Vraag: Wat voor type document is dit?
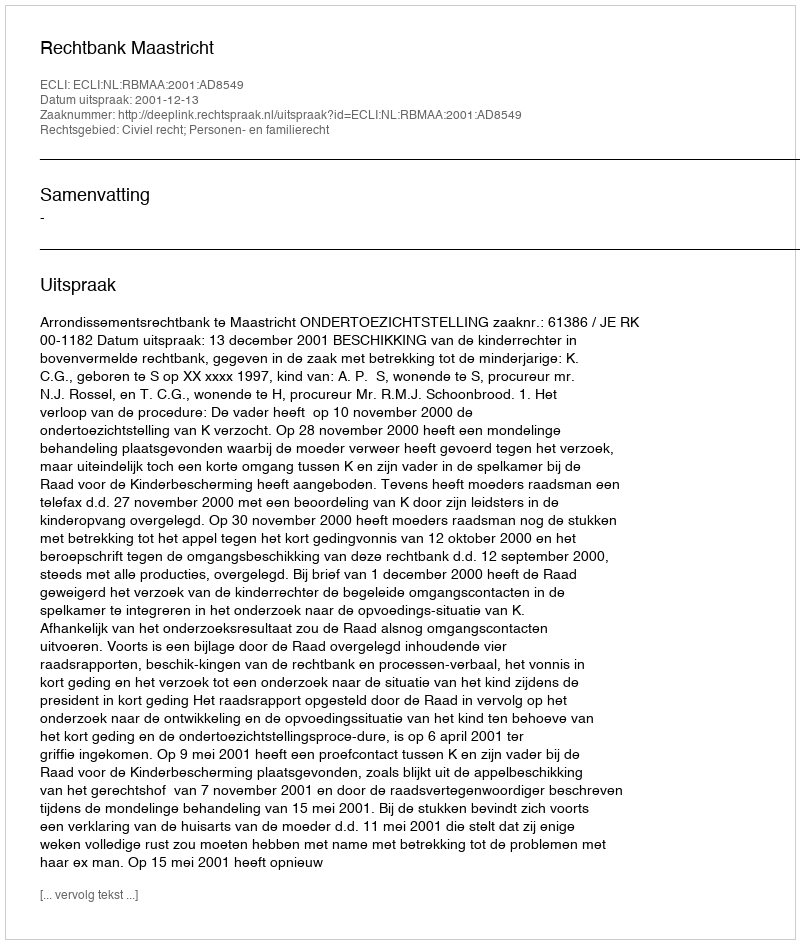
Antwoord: Uitspraak